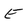
Character: E